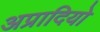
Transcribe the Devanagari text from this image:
अप्रादियो